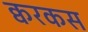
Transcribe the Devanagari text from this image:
क्वरकस